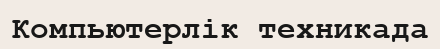
Компьютерлік техникада